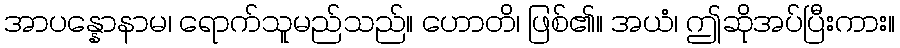
အာပန္နောနာမ၊ ရောက်သူမည်သည်။ ဟောတိ၊ ဖြစ်၏။ အယံ၊ ဤဆိုအပ်ပြီးကား။